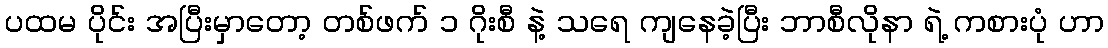
ပထမ ပိုင်း အပြီးမှာတော့ တစ်ဖက် ၁ ဂိုးစီ နဲ့ သရေ ကျနေခဲ့ပြီး ဘာစီလိုနာ ရဲ့ ကစားပုံ ဟာ